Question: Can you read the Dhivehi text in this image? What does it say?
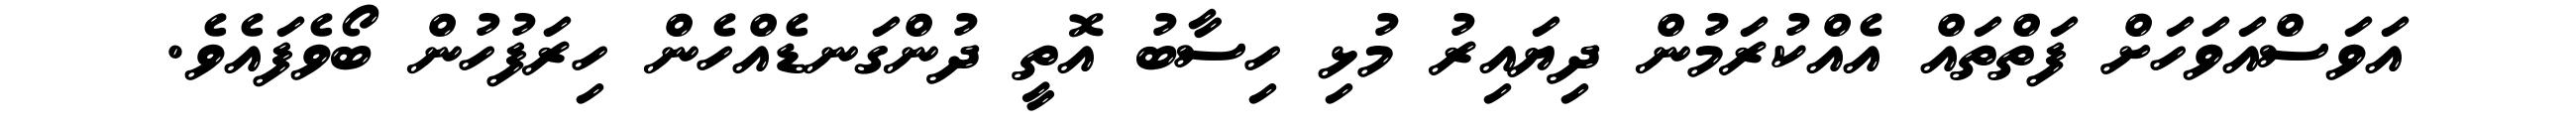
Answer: އަވަސްއަވަހަށް ފަތްތައް އެއްކުރަމުން ދިޔައިރު މުޅި ހިސާބު އޮތީ ދުންގަނޑެއްހެން ހިރަފުހުން ބޯވެފައެވެ.